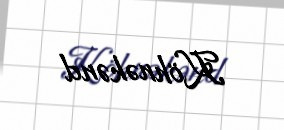
Köhnəkənd